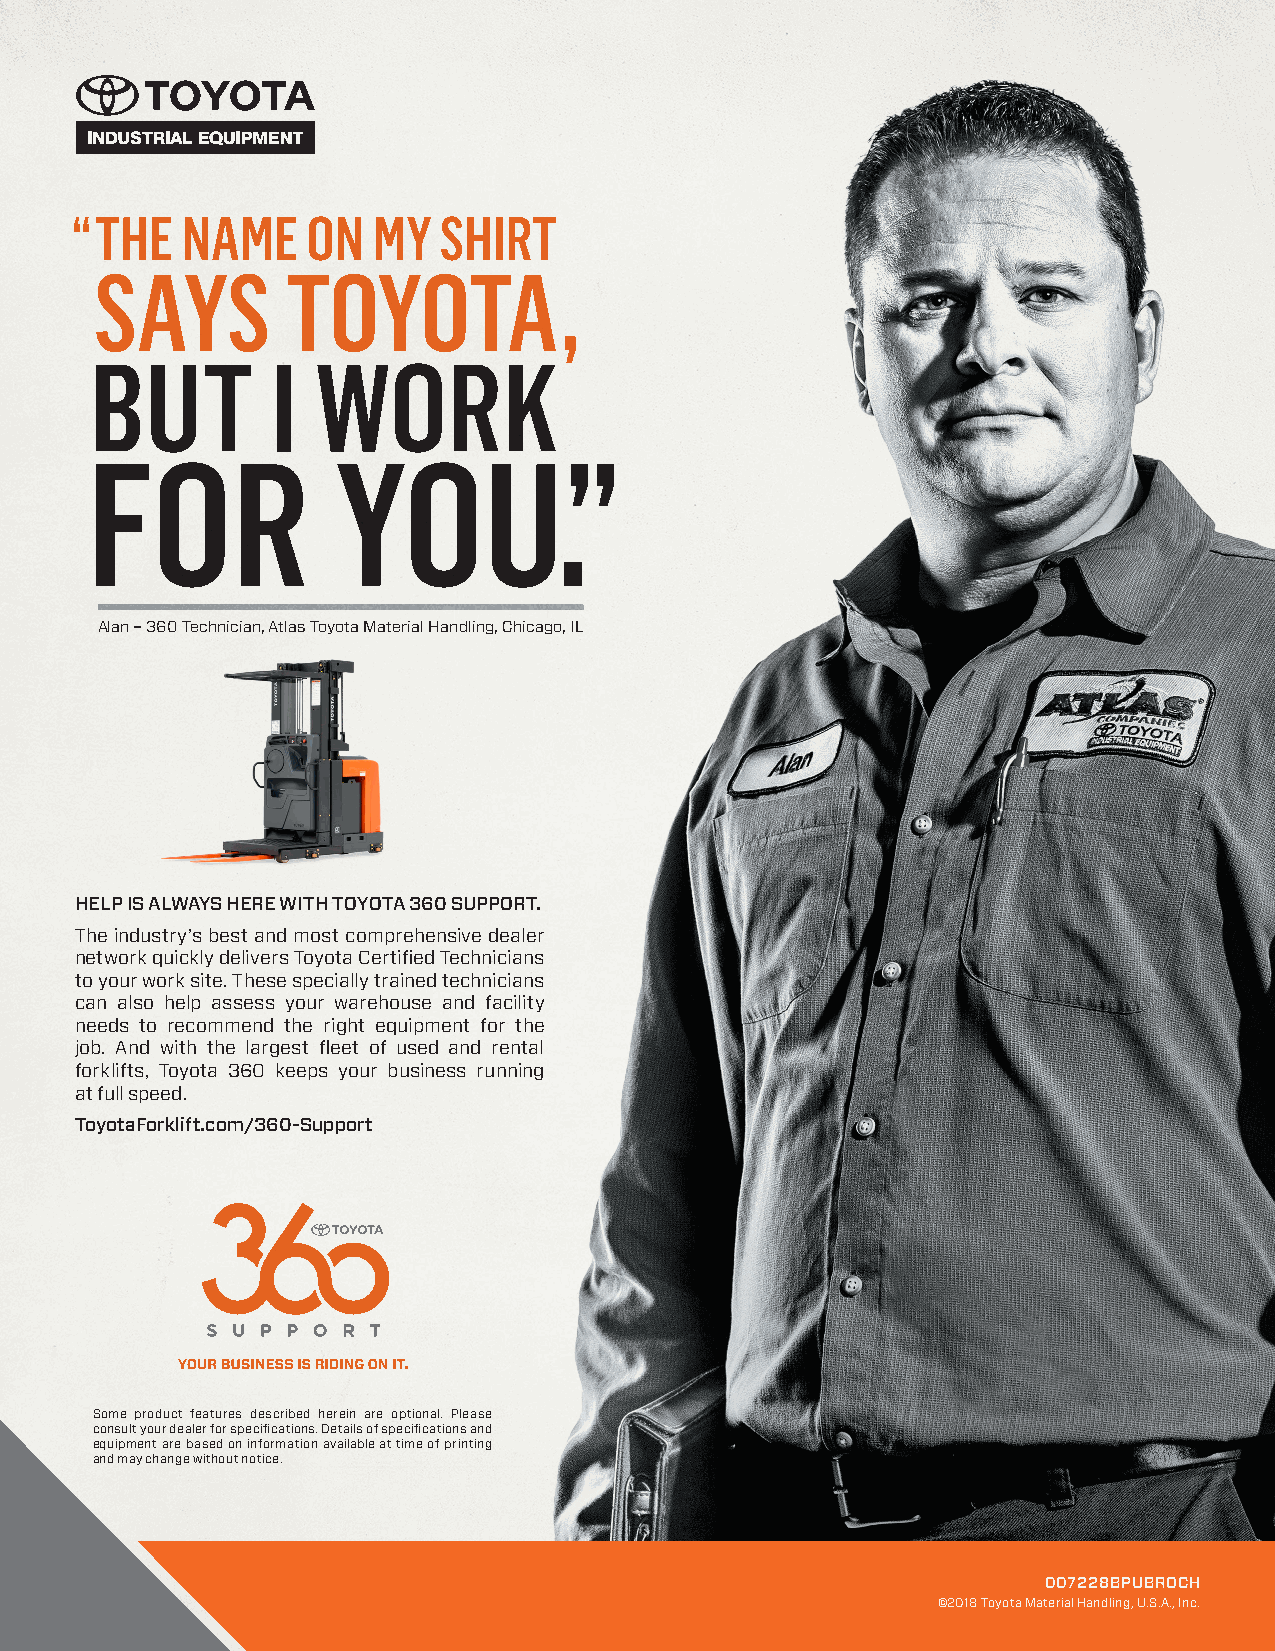
“ THE  NAME    ON   MY  SHIRT
 SAYS         TOYOTA,
 B   UT      I  WORK
 F   OR          YOU.”
 Alan – 360 Technician, Atlas Toyota Material Handling, Chicago, IL
 HELP IS ALWAYS HERE WITH TOYOTA 360 SUPPORT.
 The industry’s best and most comprehensive dealer
 network quickly delivers Toyota Certified Technicians
 to your work site. These specially trained technicians
 can also help assess your warehouse and facility
 needs to recommend the right equipment for the
 job. And with the largest fleet of used and rental
 forklifts, Toyota 360 keeps your business running
 at full speed.
 ToyotaForklift.com/360-Support
 Some product features described herein are optional. Please
 consult your dealer for specifications. Details of specifications and
 equipment are based on information available at time of printing
 and may change without notice.
 007228BPUBROCH
 ©2018 Toyota Material Handling, U.S.A., Inc.